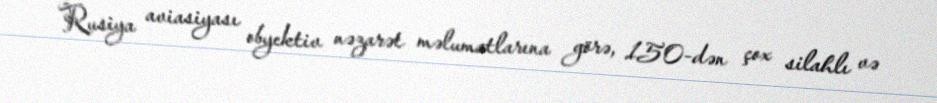
Rusiya aviasiyası obyektiv nəzarət məlumatlarına görə, 150-dən çox silahlı və